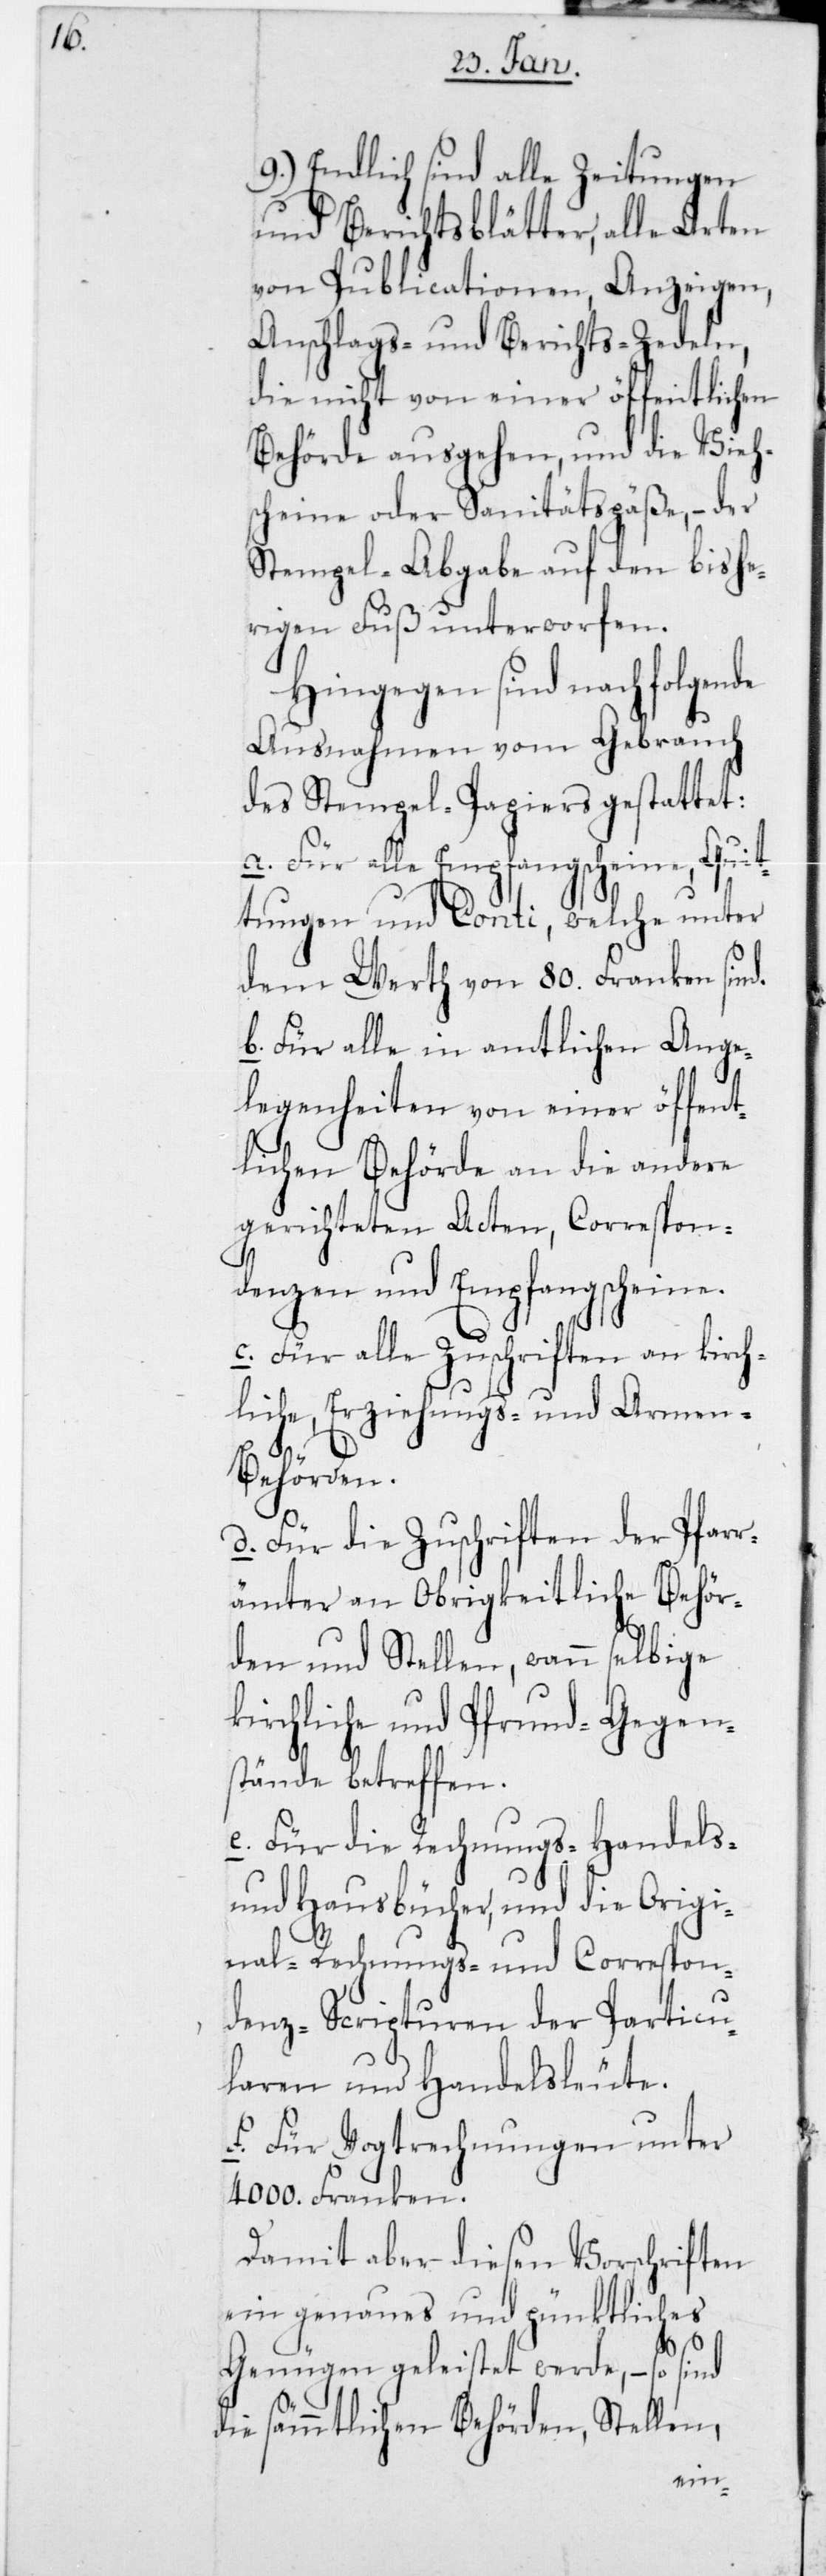
9.) Endlich sind alle Zeitungen
und Berichtsblätter, alle Arten
von Publicationen, Anzeigen,
Anschlags- und Berichts-Zedeln,
die nicht von einer öffentlichen
Behörde ausgehen, und die Viehs¬
cheine oder Sanitätspäße, – der
Stempel-Abgabe auf den bishe¬
rigen Fuß unterworfen.
Hingegen sind nachfolgende
Ausnahmen vom Gebrauch
des Stempel-Papiers gestattet:
a. Für alle Empfangscheine, Quit¬
tungen und Conti, welche unter
dem Werth von 80. Franken sind.
b. Für alle in amtlichen Ange¬
legenheiten von einer öffent¬
lichen Behörde an die andere
gerichteten Acten, Correspon¬
denzen und Empfangscheine.
c. Für alle Zuschriften an kirch¬
liche, Erziehungs- und Armen-B¬
ehörden.
d. Für die Zuschriften der Pfar¬
rämter an obrigkeitliche Behör¬
den und Stellen, wann selbige
kirchliche und Pfrund-Gegens¬
tände betreffen.
e. Für die Rechnungs- [,] Handels-
und Hausbücher, und die Origi¬
nal-Rechnungs- und Correspon¬
denz-Scripturen der Particu¬
laren und Handelsleute.
f. Für Vogtrechnungen unter
4000. Franken.
Damit aber diesen Vorschriften
ein genaues und pünktliches
Genügen geleistet werde, – so sind
die sämmtlichen Behörden, Stellen,